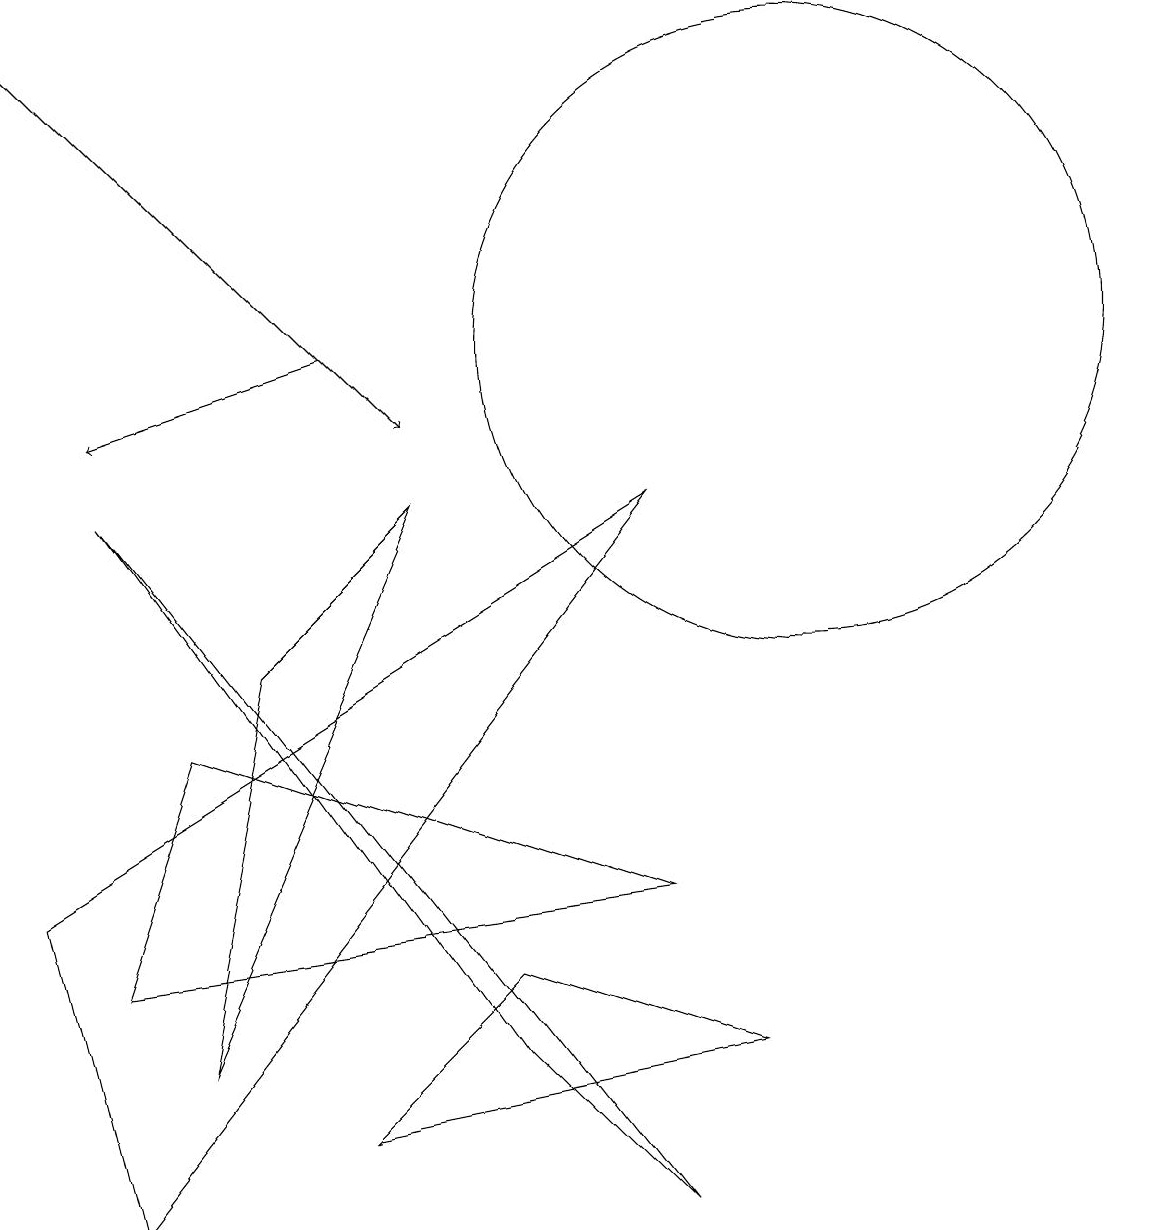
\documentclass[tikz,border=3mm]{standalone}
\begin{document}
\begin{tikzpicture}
\draw (1,3) -- (2,6) -- (8,4) -- cycle;
\draw (8,9) -- (1,0) -- (0,4) -- cycle;
\draw[->] (0,15) -- (5,10);
\draw[->] (4,11) -- (1,10);
\draw (3,7) -- (5,9) -- (2,2) -- cycle;
\draw (6,3) -- (4,1) -- (9,2) -- cycle;
\draw (6,2) -- (8,0) -- (1,9) -- cycle;
\draw (10,11) circle (4);
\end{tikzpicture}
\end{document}